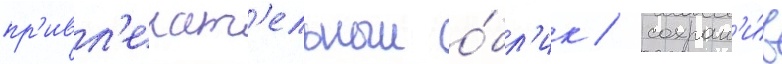
пр'ивл'екат'ельныи о́бл'ик / сохран'и́в